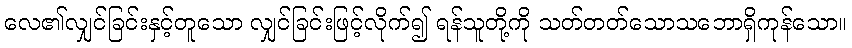
လေ၏လျှင်ခြင်းနှင့်တူသော လျှင်ခြင်းဖြင့်လိုက်၍ ရန်သူတို့ကို သတ်တတ်သောသဘောရှိကုန်သော။